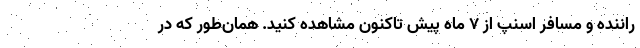
راننده و مسافر اسنپ از ۷ ماه پیش تاکنون مشاهده کنید. همان‌طور که در